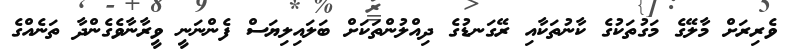
ވެރިރަށް މާލޭގެ މަގުތަކުގެ ކާނުތަކާއި ރޭގަނޑުގެ ދިއްލުންތަކަށް ބަލައިލިޔަސް ފެންނަނީ ވީރާނާވެގެންދާ ތަނެއްގެ